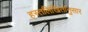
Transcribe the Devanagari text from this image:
हस्तलिखितांनुसार